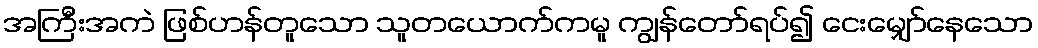
အကြီးအကဲ ဖြစ်ဟန်တူသော သူတယောက်ကမူ ကျွန်တော်ရပ်၍ ငေးမျှော်နေသော